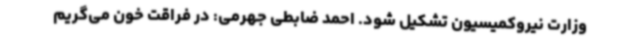
وزارت نیروکمیسیون تشکیل شود. احمد ضابطی جهرمی: در فراقت خون می‌گریم